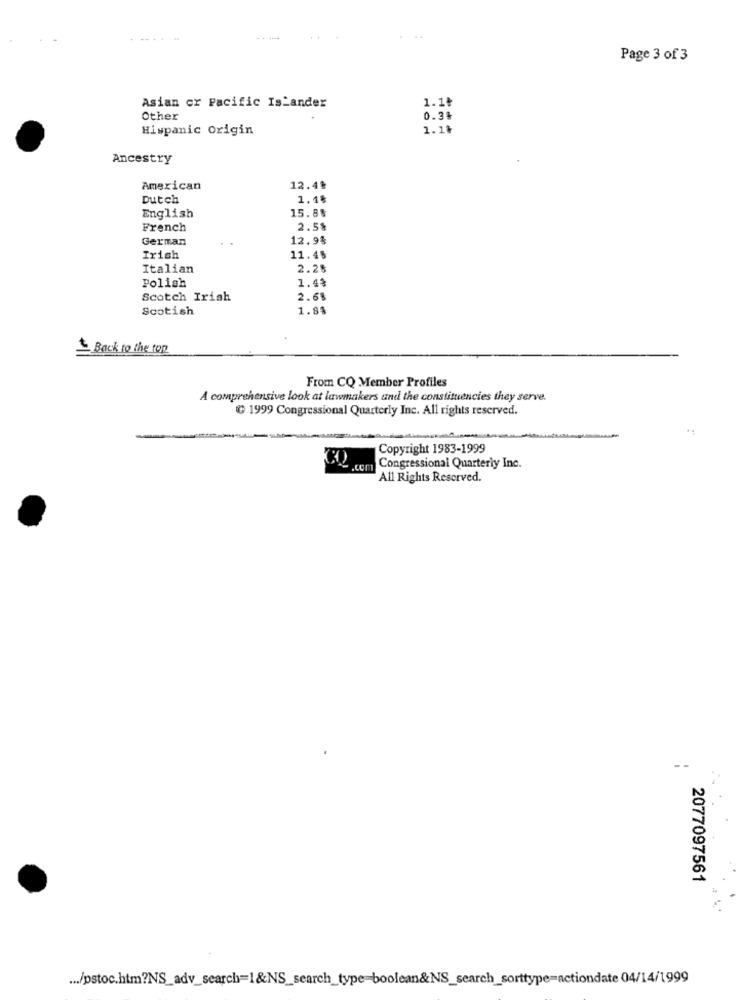
Page 3 of 3
Asian cr Pacific Is_ander
1.1₺
Other
0.3%
Hispanic Origin
1.1৳
Ancestry
American
12.4%
Dutch
1.18
15.88
English
French
2.58
German
12.9%
Irish
11.45
Italian
2.20
1.49
Polish
Scotch Irish
2.68
Scotish
1.84
Back to the top
From CQ Member Profiles
A comprehensive look at lawmakers and the constituencies they serve.
@ 1999 Congressional Quarterly Inc. All rights reserved.
Copyright 1983-1999
Congressional Quarterly Inc.
All Rights Reserved.
--
2077097561
... /pstoc.htm?NS_adv_search=1&NS_search_type=boolean&NS_search_sorttype=actiondate 04/14/1999